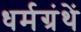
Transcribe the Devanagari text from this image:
धर्मग्रंथें